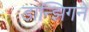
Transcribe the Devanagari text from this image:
डान्झिगने